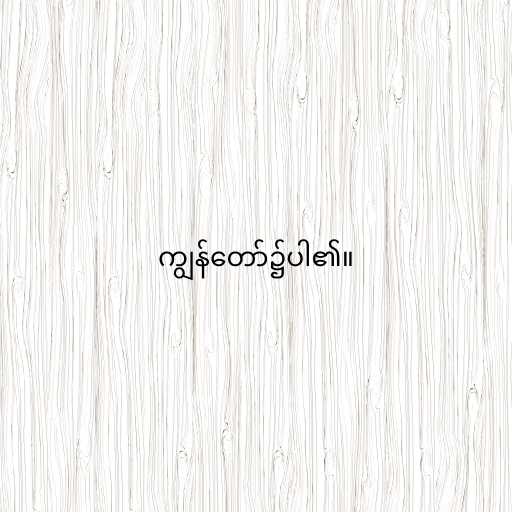
ကျွန်တော်၌ပါ၏။